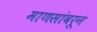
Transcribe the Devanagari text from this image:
माणसांवरून